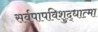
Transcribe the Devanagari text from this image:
सर्वपापविशुद्धात्मा